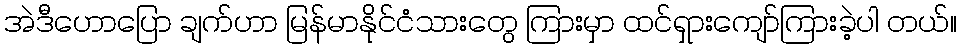
အဲဒီဟောပြော ချက်ဟာ မြန်မာနိုင်ငံသားတွေ ကြားမှာ ထင်ရှားကျော်ကြားခဲ့ပါ တယ်။